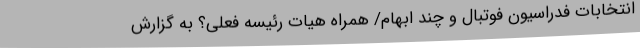
انتخابات فدراسیون فوتبال و چند ابهام/ همراه هیات رئیسه فعلی؟ به گزارش